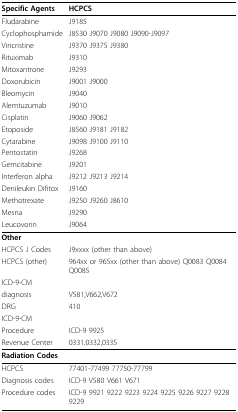
<table><thead><tr><td><b>Specific Agents</b></td><td><b>HCPCS</b></td></tr></thead><tbody><tr><td>Fludarabine</td><td>J9185</td></tr><tr><td>Cyclophosphamide</td><td>J8530 J9070 J9080 J9090-J9097</td></tr><tr><td>Vincristine</td><td>J9370 J9375 J9380</td></tr><tr><td>Rituximab</td><td>J9310</td></tr><tr><td>Mitoxantrone</td><td>J9293</td></tr><tr><td>Doxorubicin</td><td>J9001 J9000</td></tr><tr><td>Bleomycin</td><td>J9040</td></tr><tr><td>Alemtuzumab</td><td>J9010</td></tr><tr><td>Cisplatin</td><td>J9060 J9062</td></tr><tr><td>Etoposide</td><td>J8560 J9181 J9182</td></tr><tr><td>Cytarabine</td><td>J9098 J9100 J9110</td></tr><tr><td>Pentostatin</td><td>J9268</td></tr><tr><td>Gemcitabine</td><td>J9201</td></tr><tr><td>Interferon alpha</td><td>J9212 J9213 J9214</td></tr><tr><td>Denileukin Difitox</td><td>J9160</td></tr><tr><td>Methotrexate</td><td>J9250 J9260 J8610</td></tr><tr><td>Mesna</td><td>J9290</td></tr><tr><td>Leucovorin</td><td>J9064</td></tr><tr><td colspan="2"><b>Other</b></td></tr><tr><td>HCPCS J Codes</td><td>J9xxxx (other than above)</td></tr><tr><td>HCPCS (other)</td><td>964xx or 965xx (other than above) Q0083 Q0084 Q0085</td></tr><tr><td>ICD-9-CM</td><td></td></tr><tr><td>diagnosis</td><td>V581,V662,V672</td></tr><tr><td>DRG</td><td>410</td></tr><tr><td>ICD-9-CM</td><td></td></tr><tr><td>Procedure</td><td>ICD-9 9925</td></tr><tr><td>Revenue Center</td><td>0331,0332,0335</td></tr><tr><td colspan="2"><b>Radiation Codes</b></td></tr><tr><td>HCPCS</td><td>77401-77499 77750-77799</td></tr><tr><td>Diagnosis codes</td><td>ICD-9 V580 V661 V671</td></tr><tr><td>Procedure codes</td><td>ICD-9 9921 9222 9223 9224 9225 9226 9227 9228 9229</td></tr></tbody></table>